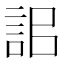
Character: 𧦫